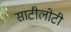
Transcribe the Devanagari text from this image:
साटीलोटी